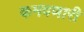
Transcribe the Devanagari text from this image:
कमवणारी